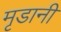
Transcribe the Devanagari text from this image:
मृडानी